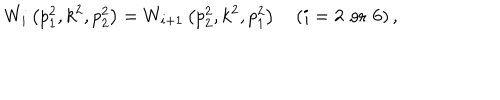
W _ { i } \left( p _ { 1 } ^ { 2 } , k ^ { 2 } , p _ { 2 } ^ { 2 } \right) = W _ { i + 1 } \left( p _ { 2 } ^ { 2 } , k ^ { 2 } , p _ { 1 } ^ { 2 } \right) \quad ( i = 2 \, \, \mathrm { { o r } } \, \, 6 ) \, ,